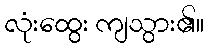
လုံးထွေး ကျသွား၏။